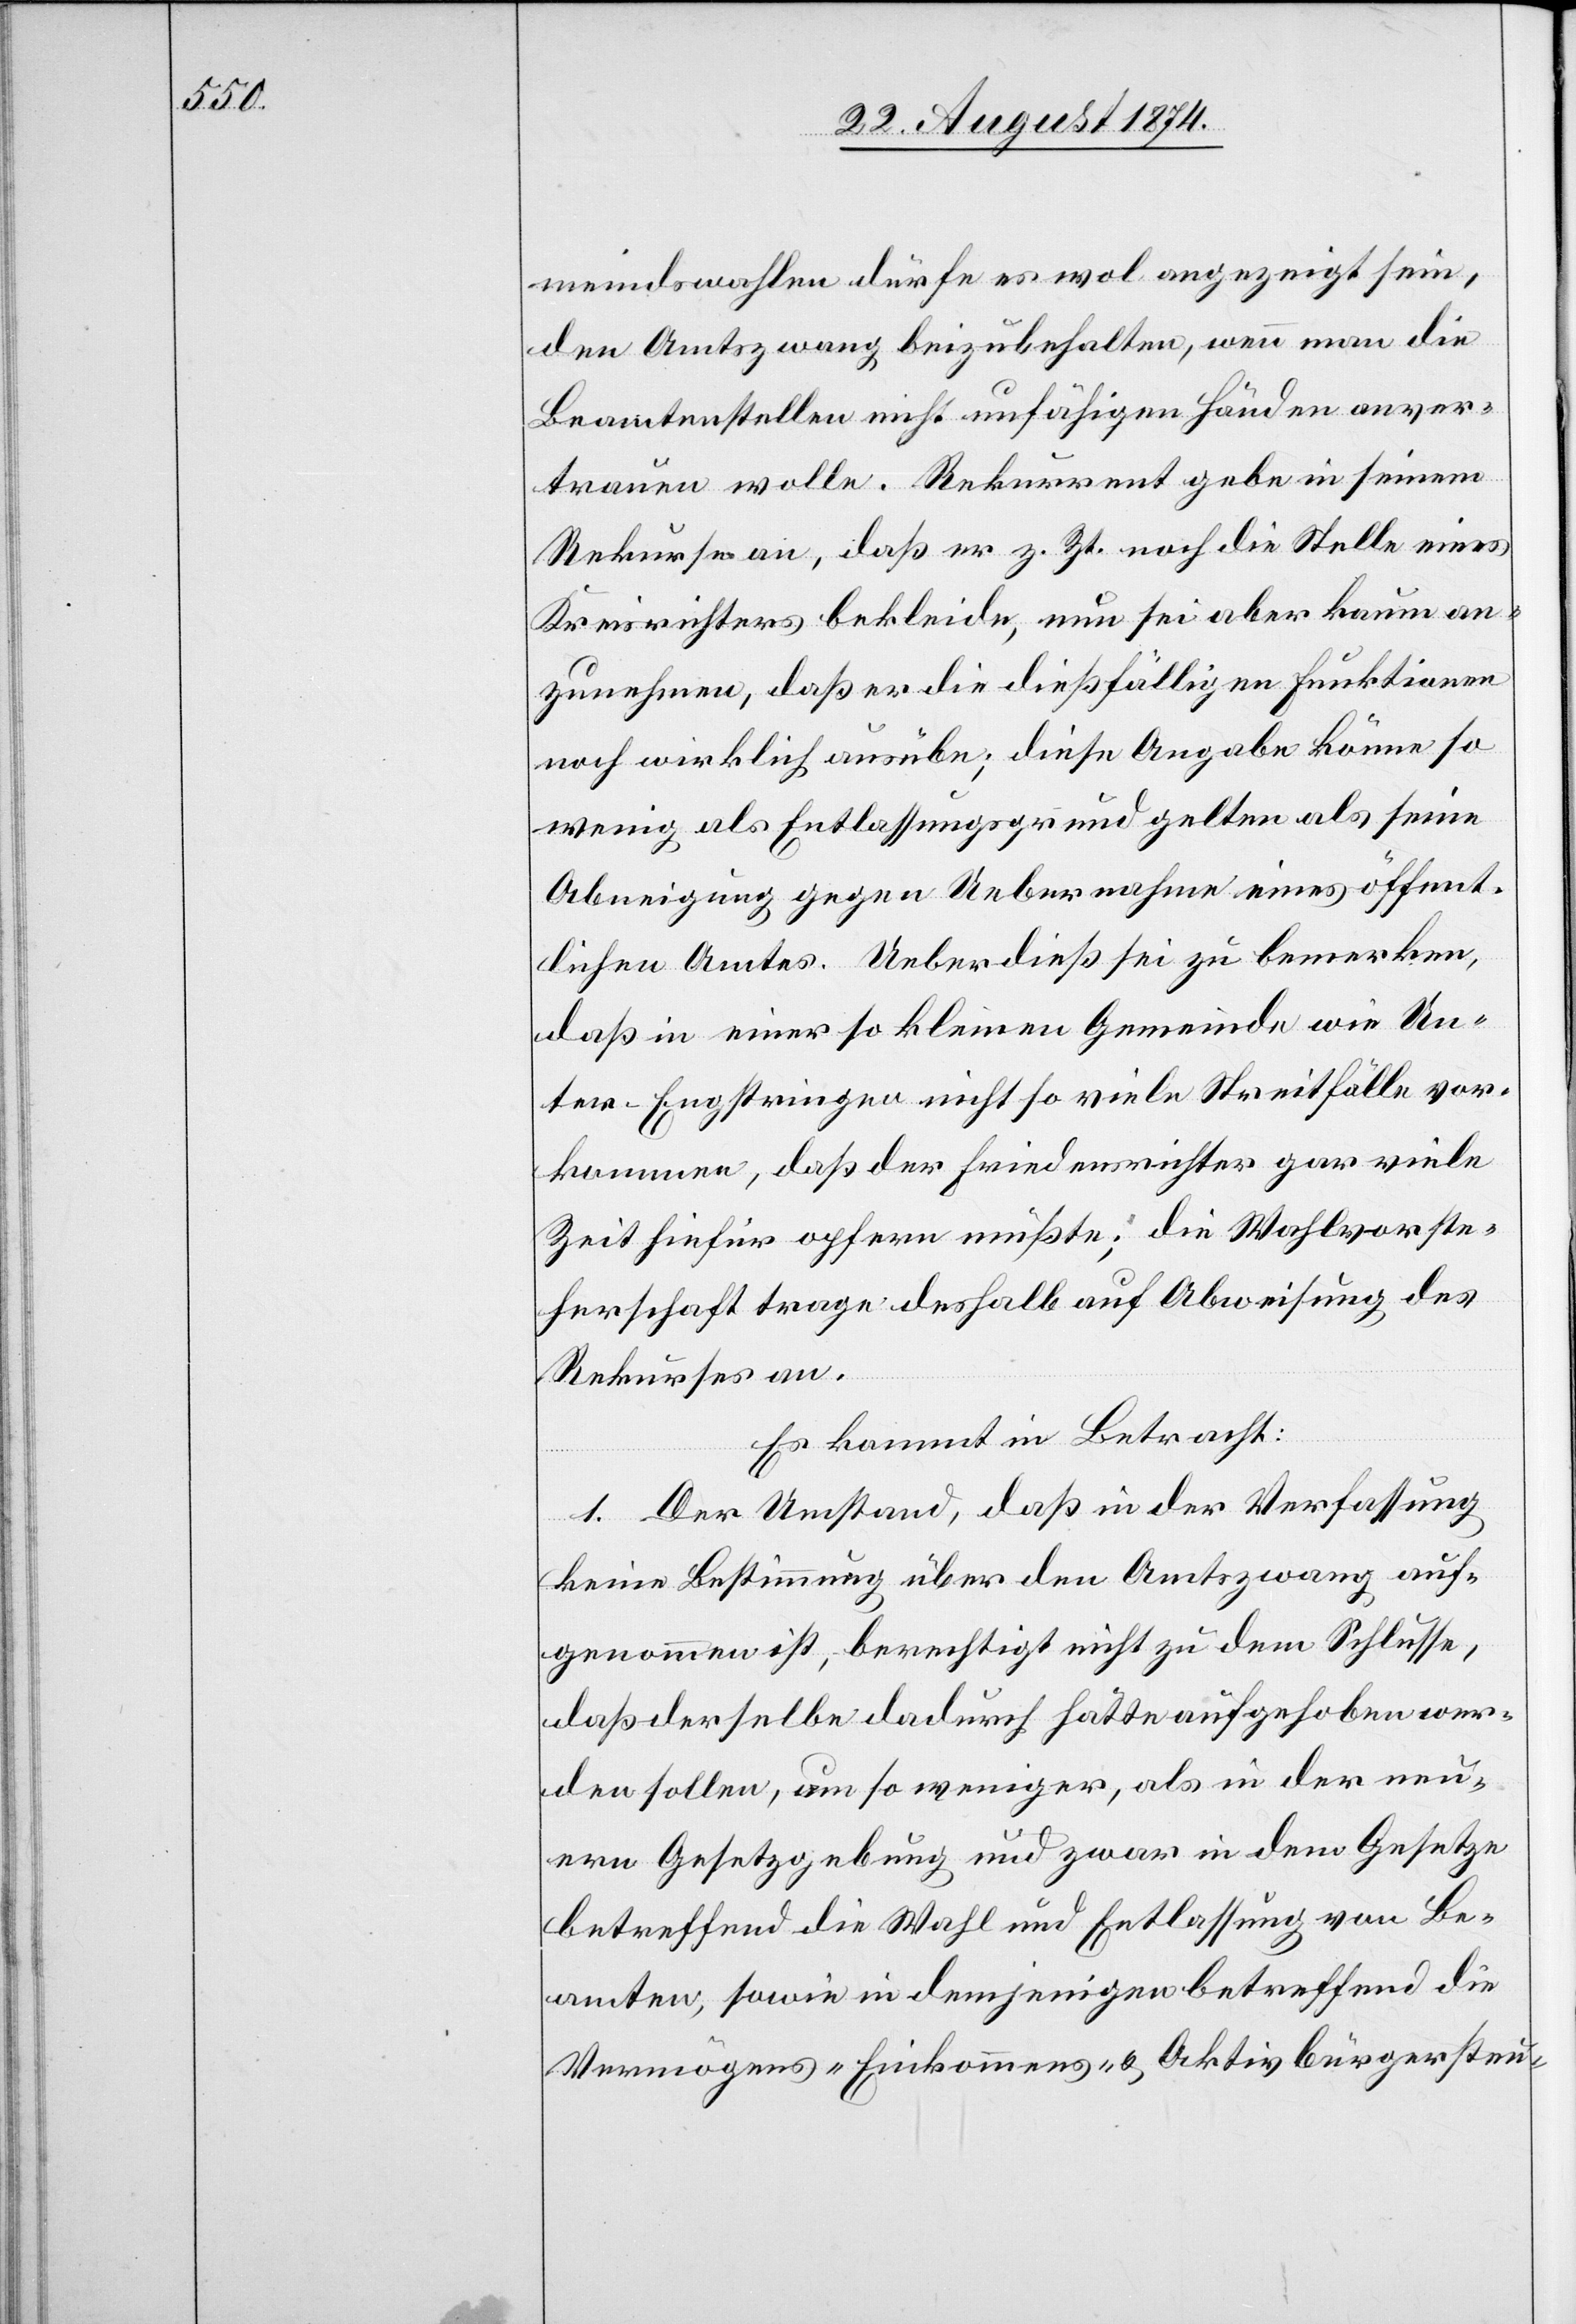
meindswahlen dürfe es wol angezeigt sein,
den Amtszwang beizubehalten, wenn man die
Beamtenstellen nicht unfähigen Händen anver¬
trauen wolle. Rekurrent gebe in seinem
Rekurse an, daß er z. Zt. noch die Stelle eines
Kreisrichters bekleide, nun sei aber kaum an¬
zunehmen, daß er die dießfälligen Funktionen
noch wirklich ausübe; diese Angabe könne so
wenig als Entlassungsgrund gelten als seine
Abneigung gegen Uebernahme eines öffent¬
lichen Amtes. Ueberdieß sei zu bemerken,
daß in einer so kleinen Gemeinde wie Un¬
ter-Engstringen nicht so viele Streitfälle vor¬
kommen, daß der Friedensrichter gar viele
Zeit hiefür opfern müßte; die Wahlvorste¬
herschaft trage deshalb auf Abweisung des
Rekurses an.
Es kommt in Betracht:
1. Der Umstand, daß in der Verfassung
keine Bestimmung über den Amtszwang auf¬
genommen ist, berechtigt nicht zu dem Schlusse,
daß derselbe dadurch hätte aufgehoben wer¬
den sollen, um so weniger, als in der neu¬
ern Gesetzgebung und zwar in dem Gesetze
betreffend die Wahl und Entlassung von Be¬
amten, sowie in demjenigen betreffend die
Vermögens- [,] Einkommens- u. Aktivbürgersteu-